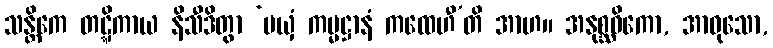
သန္တိကေ တဋ္ဋိကာယ နိသီဒိတွာ ‘မယှံ ကမ္မဋ္ဌာနံ ကထေဟီ’တိ အာဟ။ အနုစ္ဆဝိကော, အာဝုသော,